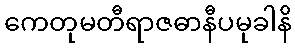
ကေတုမတီရာဇဓာနီပမုခါနိ